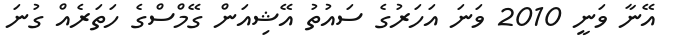
އޭނާ ވަނީ 2010 ވަނަ އަހަރުގެ ސައުތު އޭޝިއަން ގޭމްސްގެ ހަތަރެއް ގުނަ